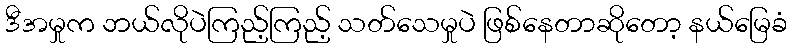
ဒီအမှုက ဘယ်လိုပဲကြည့်ကြည့် သတ်သေမှုပဲ ဖြစ်နေတာဆိုတော့ နယ်မြေခံ